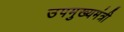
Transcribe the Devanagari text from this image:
उपमुख्‍यमंत्री